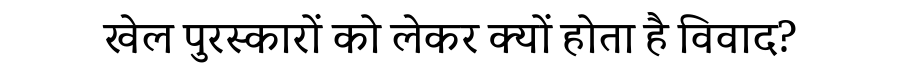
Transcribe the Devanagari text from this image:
खेल पुरस्कारों को लेकर क्यों होता है विवाद?